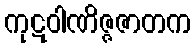
ကုဋဝါဏိဇ္ဇဇာတက